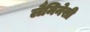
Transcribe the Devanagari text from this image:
लैमिनेसी